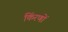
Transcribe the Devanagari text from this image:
किंरणों